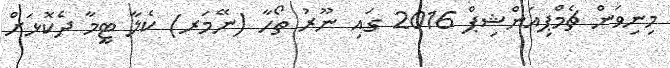
މިނިވަން ޗެމްޕިއަންޝިޕް 2016 ގައި ނޫރު ތޯހާ (ނޭމަރ) ކެލާ ޓީމާ ދެކޮޅަށް